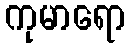
ကုမာရော